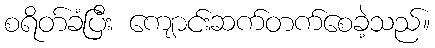
စရိတ်ခံပြီး ကျောင်းဆက်တက်စေခဲ့သည်။